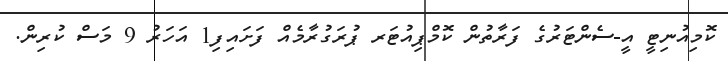
ކޮމިއުނިޓީ އީ-ސެންޓަރުގެ ފަރާތުން ކޮމްޕިއުޓަރ ޕުރަގުރާމެއް ފަށައިފި1 އަހަރު 9 މަސް ކުރިން.